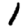
Digit: 1